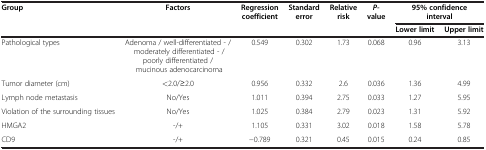
<table><thead><tr><td rowspan="2"><b>Group</b></td><td rowspan="2"><b>Factors</b></td><td rowspan="2"><b>Regression coefficient</b></td><td rowspan="2"><b>Standard error</b></td><td rowspan="2"><b>Relative risk</b></td><td rowspan="2"><b><i>P-</i>value</b></td><td colspan="2"><b>95% confidence interval</b></td></tr><tr><td><b>Lower limit</b></td><td><b>Upper limit</b></td></tr></thead><tbody><tr><td>Pathological types</td><td>Adenoma / well-differentiated - / moderately differentiated - / poorly differentiated / mucinous adenocarcinoma</td><td>0.549</td><td>0.302</td><td>1.73</td><td>0.068</td><td>0.96</td><td>3.13</td></tr><tr><td>Tumor diameter (cm)</td><td>&lt;2.0/≥2.0</td><td>0.956</td><td>0.332</td><td>2.6</td><td>0.036</td><td>1.36</td><td>4.99</td></tr><tr><td>Lymph node metastasis</td><td>No/Yes</td><td>1.011</td><td>0.394</td><td>2.75</td><td>0.033</td><td>1.27</td><td>5.95</td></tr><tr><td>Violation of the surrounding tissues</td><td>No/Yes</td><td>1.025</td><td>0.384</td><td>2.79</td><td>0.023</td><td>1.31</td><td>5.92</td></tr><tr><td>HMGA2</td><td>-/+</td><td>1.105</td><td>0.331</td><td>3.02</td><td>0.018</td><td>1.58</td><td>5.78</td></tr><tr><td>CD9</td><td>-/+</td><td>−0.789</td><td>0.321</td><td>0.45</td><td>0.015</td><td>0.24</td><td>0.85</td></tr></tbody></table>